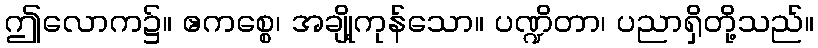
ဤလောက၌။ ဧကစ္စေ၊ အချို့ကုန်သော။ ပဏ္ဍိတာ၊ ပညာရှိတို့သည်။